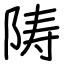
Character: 陦